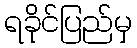
ရခိုင်ပြည်မှ